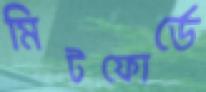
মিটফোর্ডে